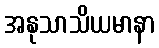
အနုသာသိယမာနာ